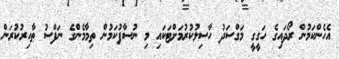
އެހެންކަމުން ރޯދައިގެ ހަގީގީ މަގްސަދު ހާސިލުކުރުމަށްޓަކައި މި ނުސާފުކަމުން ތިމާމެންގެ ނަފްސު ޠާހިރުކުރަން